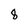
Character: 8